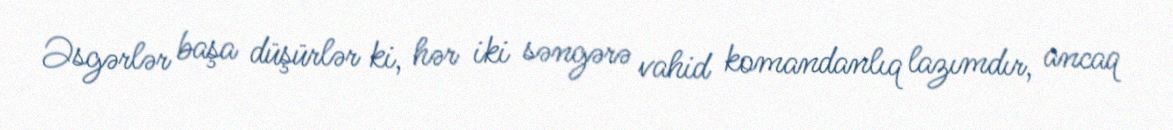
Əsgərlər başa düşürlər ki, hər iki səngərə vahid komandanlıq lazımdır, ancaq